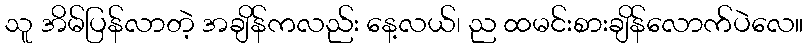
သူ အိမ်ပြန်လာတဲ့ အချိန်ကလည်း နေ့လယ်၊ ည ထမင်းစားချိန်လောက်ပဲလေ။